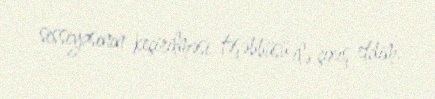
sessiyasının keçirilməsi təşəbbüsü ilə çıxış etdim.